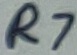
Text: R7